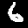
Digit: 6